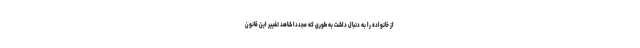
از خانواده را به دنبال داشت به طوری که مجدداً شاهد تغییر این قانون